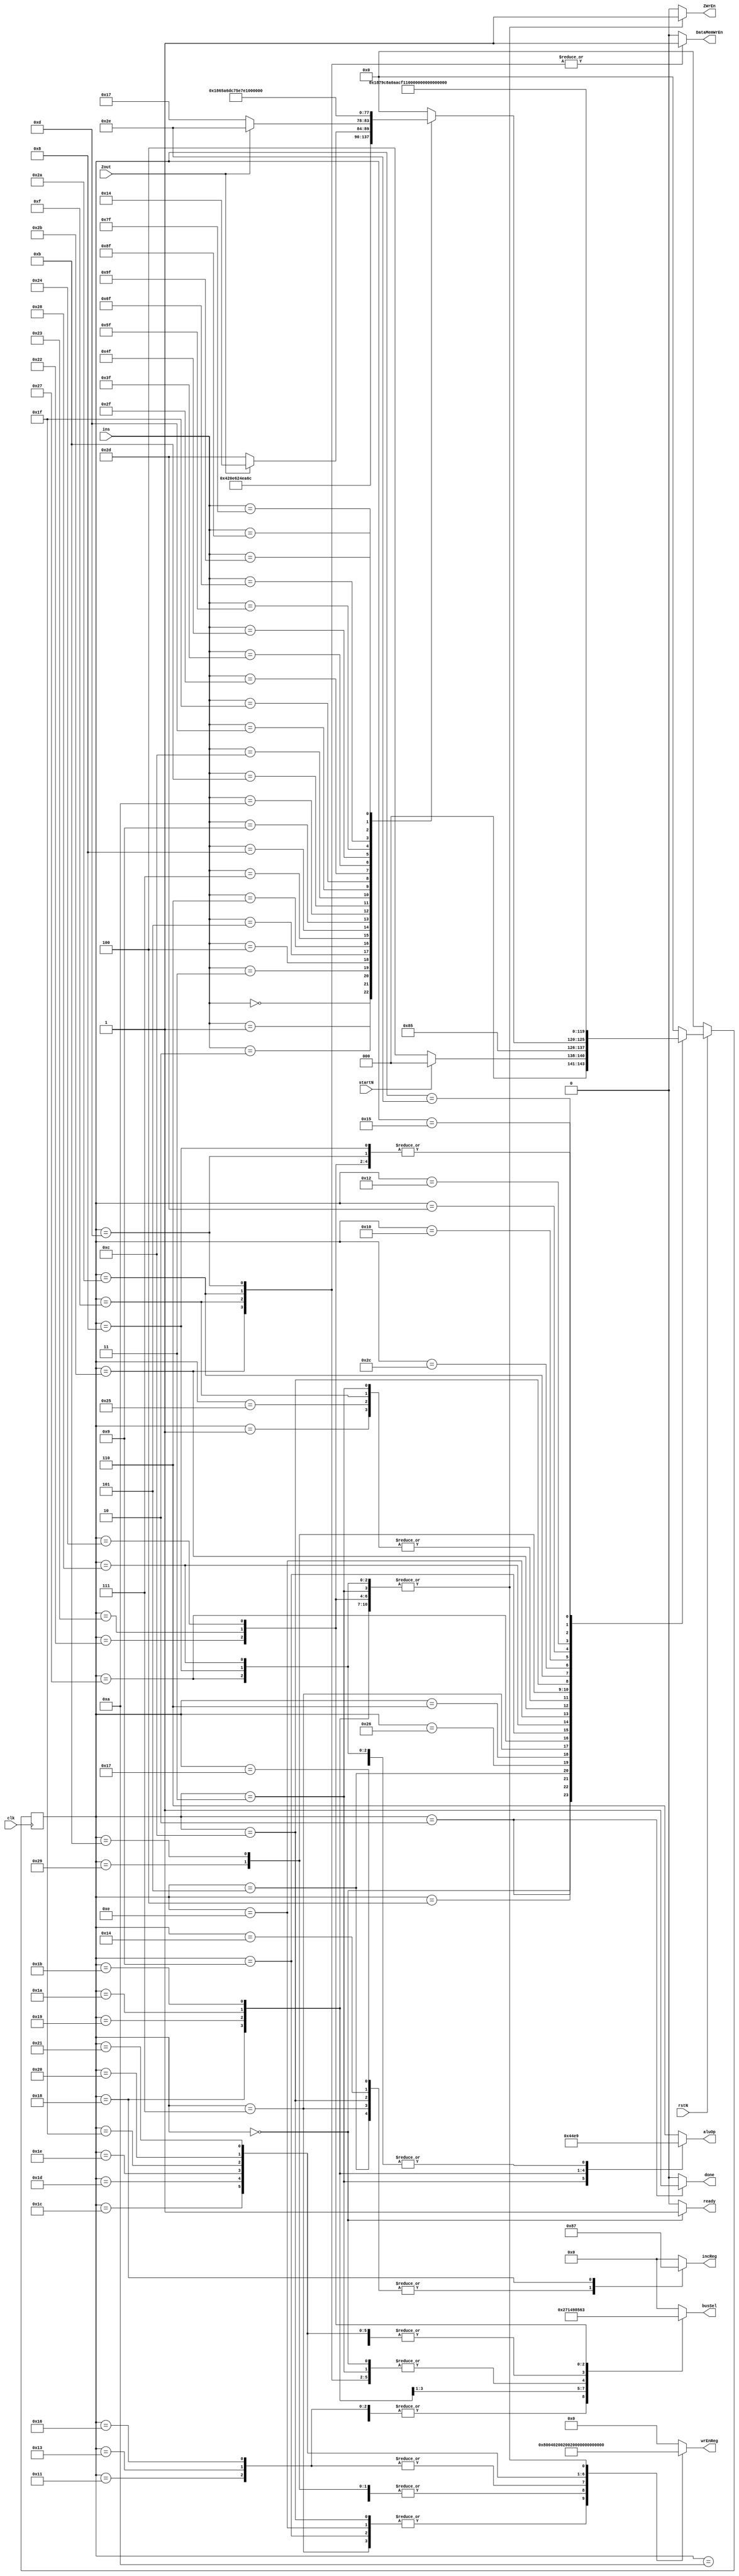
module controlUnit 
#(
    parameter INS_WIDTH = 8
)
(
    input clk,rstN,startN,Zout,
    input [INS_WIDTH-1:0]ins,
    output reg [2:0]aluOp,
    output reg [3:0]incReg,    // {PC, RC, RP, RQ}
    output reg [9:0]wrEnReg,   // {AR, R, PC, IR, RL, RC, RP, RQ, R1, AC}
    output reg [3:0]busSel,
    output reg DataMemWrEn,ZWrEn,
    output done,ready
);

// all the states (47) for the instructions are as follows

localparam  IDLE = 6'd0,  //states

            NOP1 = 6'd1,

            ENDOP1 = 6'd2,

            CLAC1 = 6'd3,

            FETCH_DELAY1 = 6'd37,     /////(extra_delay for memory ip core)
            FETCH1 = 6'd4,
            FETCH2 = 6'd5,

            LDIAC_DELAY1 =  6'd38,     ///// (extra_delay for memory ip core)
            LDIAC1 = 6'd6,
            LDIAC2 = 6'd7,
            LDIAC_DELAY2 = 6'd39,       //// (extra_delay for memory ip core)
            LDIAC3 = 6'd8,

            LDAC1 = 6'd9,
            LDAC_DELAY1 = 6'd40,       ///// (extra_delay for memory ip core)
            LDAC2 = 6'd10,

            STIR_DELAY1 = 6'd41,       ///// (extra_delay for memory ip core)
            STIR1 = 6'd11,
            STIR2 = 6'd12,
            STIR_DELAY2 = 6'd42,       ///// (extra_delay for memory ip core)
            STIR3 = 6'd13,

            STR1 = 6'd14,
            STR_DELAY1 = 6'd43,         ///// (extra_delay for memory ip core)
            STR2 = 6'd15,

            JUMP_DELAY1 = 6'd44,        ///// (extra_delay for memory ip core)
            JUMP1 = 6'd16,
            JUMP2 = 6'd17,
            
            JMPNZY_DILAY1 = 6'd45,      ///// (extra_delay for memory ip core)
            JMPNZY1 = 6'd18,
            JMPNZY2 = 6'd19,
            JMPNZN1 = 6'd20,

            JMPZY_DELAY1 = 6'd46,       ///// (extra_delay for memory ip core)
            JMPZY1 = 6'd21,
            JMPZY2 = 6'd22,
            JMPZN1 = 6'd23,

            MUL1 = 6'd24,

            ADD1 = 6'd25,

            SUB1 = 6'd26,

            INCAC1 = 6'd27,

            MV_RL_AC1 = 6'd28,

            MV_RP_AC1 = 6'd29,

            MV_RQ_AC1 = 6'd30,

            MV_RC_AC1 = 6'd31,

            MV_R_AC1 = 6'd32,

            MV_R1_AC1 = 6'd33,

            MV_AC_RP1 = 6'd34,

            MV_AC_RQ1 = 6'd35,

            MV_AC_RL1 = 6'd36;

localparam  clr_alu  =  3'd0,   //alu operations
            pass_alu =  3'd1,
            add_alu  =  3'd2,
            sub_alu  =  3'd3,
            mul_alu  =  3'd4,
            inc_alu  =  3'd5,
            idle_alu =  3'd6;

localparam  DMem_bus = 4'b0,   //multiplexer
            R_bus    = 4'd1,
            IR_bus   = 4'd2,
            RL_bus   = 4'd3,
            RC_bus   = 4'd4,
            RP_bus   = 4'd5,
            RQ_bus   = 4'd6,
            R1_bus   = 4'd7,
            AC_bus   = 4'd8,
            idle_bus = 4'd9;

localparam   //instruction set (assemly instructions and their machine codes)
            NOP	     =  8'd0,
            ENDOP    =	8'd1,
            CLAC     =	8'd2,
            LDIAC    =	8'd3,
            LDAC     =	8'd4,
            STR      =	8'd5,
            STIR     =	8'd6,
            JUMP     =	8'd7,
            JMPNZ    =	8'd8,
            JMPZ     =	8'd9,
            MUL	     =  8'd10,
            ADD	     =  8'd11,
            SUB	     =  8'd12,
            INCAC    =  8'd13,
            MV_RL_AC =	{4'd1,4'd15},
            MV_RP_AC =	{4'd2,4'd15},
            MV_RQ_AC =	{4'd3,4'd15},
            MV_RC_AC =	{4'd4,4'd15},
            MV_R_AC  =	{4'd5,4'd15},
            MV_R1_AC =	{4'd6,4'd15},
            MV_AC_RP =	{4'd7,4'd15},
            MV_AC_RQ =	{4'd8,4'd15},
            MV_AC_RL =	{4'd9,4'd15};

localparam [9:0]
    no_wrEn = 10'b0000000000,
    AR_wrEn = 10'b1000000000,
    R_wrEn  = 10'b0100000000,
    PC_wrEn = 10'b0010000000,
    IR_wrEn = 10'b0001000000,
    RL_wrEn = 10'b0000100000,
    RC_wrEn = 10'b0000010000,
    RP_wrEn = 10'b0000001000,
    RQ_wrEn = 10'b0000000100,
    R1_wrEn = 10'b0000000010,
    AC_wrEn = 10'b0000000001;

localparam [3:0]
    no_inc = 4'b0000,
    PC_inc = 4'b1000,
    RC_inc = 4'b0100,
    RP_inc = 4'b0010,
    RQ_inc = 4'b0001,
    RC_RP_RQ_inc = 4'b0111;

reg [5:0]currentState, nextState;

always @(posedge clk) begin
    if (~rstN) begin
        currentState <= IDLE;
    end
    else begin
        currentState <= nextState;
    end
end

//all the control signals for each state are set as below
always @(startN, Zout, ins, currentState) begin
    case (currentState)    
        IDLE: begin
            aluOp <= idle_alu;
            incReg <= 4'd0;
            wrEnReg <= 10'd0;
            busSel <= idle_bus;
            DataMemWrEn <= 1'b0;
            ZWrEn <= 1'b0;

            if (~startN)
                nextState <= FETCH1;
            else
                nextState <= IDLE;
        end

        NOP1: begin
            aluOp <= idle_alu;
            incReg <= 4'd0;
            wrEnReg <= 10'd0;
            busSel <= idle_bus;
            DataMemWrEn <= 1'b0;
            ZWrEn <= 1'b0;
            nextState <= FETCH1;
        end

        ENDOP1: begin
            aluOp <= idle_alu;
            incReg <= 4'd0;
            wrEnReg <= 10'd0;
            busSel <= DMem_bus;
            DataMemWrEn <= 1'b0;
            ZWrEn <= 1'b0;
            nextState <= ENDOP1;
        end

        CLAC1: begin
            aluOp <= clr_alu;
            incReg <= 4'd0;
            wrEnReg <= 10'd1;
            busSel <= idle_bus;
            DataMemWrEn <= 1'b0;
            ZWrEn <= 1'b1;
            nextState <= FETCH1;
        end

        FETCH_DELAY1: begin
            aluOp <= idle_alu;
            incReg <= 4'd0;
            wrEnReg <= IR_wrEn;
            busSel <= idle_bus;
            DataMemWrEn <= 1'b0;
            ZWrEn <= 1'b0;
            nextState <= FETCH1;
        end

        FETCH1: begin
            aluOp <= idle_alu;
            incReg <= 4'd0;
            wrEnReg <= IR_wrEn;
            busSel <= idle_bus;
            DataMemWrEn <= 1'b0;
            ZWrEn <= 1'b0;
            nextState <= FETCH2;
        end

        FETCH2: begin
            aluOp <= idle_alu;
            incReg <= PC_inc;
            wrEnReg <= 10'd0;
            busSel <= 4'd0;
            DataMemWrEn <= 1'b0;
            ZWrEn <= 1'b0;
            case (ins)   //has to deside what is the next state 

                NOP: nextState <= NOP1;
                ENDOP: nextState <= ENDOP1;
                CLAC: nextState <= CLAC1;
                LDIAC: nextState <= LDIAC_DELAY1; 
                LDAC: nextState <= LDAC1;
                STR: nextState <= STR1;
                STIR: nextState <= STIR_DELAY1;   
                JUMP: nextState <= JUMP_DELAY1;  
                JMPNZ: nextState <= (Zout == 0)? JMPNZY_DILAY1 : JMPNZN1; 
                JMPZ: nextState <= (Zout == 1)? JMPZY_DELAY1 : JMPZN1;  
                MUL: nextState <= MUL1;
                ADD: nextState <= ADD1;
                SUB: nextState <= SUB1;
                INCAC: nextState <= INCAC1;
                MV_RL_AC: nextState <= MV_RL_AC1;
                MV_RP_AC: nextState <= MV_RP_AC1;
                MV_RQ_AC: nextState <= MV_RQ_AC1;
                MV_RC_AC: nextState <= MV_RC_AC1;
                MV_R_AC: nextState <= MV_R_AC1;
                MV_R1_AC: nextState <= MV_R1_AC1;
                MV_AC_RP: nextState <= MV_AC_RP1;
                MV_AC_RQ: nextState <= MV_AC_RQ1;
                MV_AC_RL: nextState <= MV_AC_RL1;
                default : nextState <= IDLE;                    
                
            endcase
        end

        LDIAC_DELAY1: begin
            aluOp <= idle_alu;
            incReg <= 4'd0;
            wrEnReg <= IR_wrEn;
            busSel <= idle_bus;
            DataMemWrEn <= 1'b0;
            ZWrEn <= 1'b0;
            nextState <= LDIAC1;
        end

        LDIAC1: begin
            aluOp <= idle_alu;
            incReg <= 4'd0;
            wrEnReg <= IR_wrEn;
            busSel <= idle_bus;
            DataMemWrEn <= 1'b0;
            ZWrEn <= 1'b0;
            nextState <= LDIAC2;
        end

        LDIAC2: begin
            aluOp <= idle_alu;
            incReg <= PC_inc;
            wrEnReg <= AR_wrEn;
            busSel <= IR_bus;
            DataMemWrEn <= 1'b0;
            ZWrEn <= 1'b0;
            nextState <= LDIAC_DELAY2;
        end

        LDIAC_DELAY2: begin
            aluOp <= pass_alu;
            incReg <= no_inc;
            wrEnReg <= AC_wrEn;
            busSel <= DMem_bus;
            DataMemWrEn <= 1'b0;
            ZWrEn <= 1'b1;
            nextState <= LDIAC3;
        end

        LDIAC3: begin
            aluOp <= pass_alu;
            incReg <= no_inc;
            wrEnReg <= AC_wrEn;
            busSel <= DMem_bus;
            DataMemWrEn <= 1'b0;
            ZWrEn <= 1'b1;
            nextState <= FETCH_DELAY1;
        end

        LDAC1: begin
            aluOp <= idle_alu;
            incReg <= no_inc;
            wrEnReg <= AR_wrEn;
            busSel <= AC_bus;
            DataMemWrEn <= 1'b0;
            ZWrEn <= 1'b0;
            nextState <= LDAC_DELAY1;
        end

        LDAC_DELAY1: begin
            aluOp <= pass_alu;
            incReg <= no_inc;
            wrEnReg <= AC_wrEn;
            busSel <= DMem_bus;
            DataMemWrEn <= 1'b0;
            ZWrEn <= 1'b1;
            nextState <= LDAC2;
        end

        LDAC2: begin
            aluOp <= pass_alu;
            incReg <= no_inc;
            wrEnReg <= AC_wrEn;
            busSel <= DMem_bus;
            DataMemWrEn <= 1'b0;
            ZWrEn <= 1'b1;
            nextState <= FETCH_DELAY1;
        end

        STR1: begin
            aluOp <= idle_alu;
            incReg <= no_inc;
            wrEnReg <= AR_wrEn;
            busSel <= AC_bus;
            DataMemWrEn <= 1'b0;
            ZWrEn <= 1'b0;
            nextState <= STR_DELAY1;
        end

        STR_DELAY1: begin
            aluOp <= idle_alu;
            incReg <= no_inc;
            wrEnReg <= no_wrEn;
            busSel <= idle_bus;
            DataMemWrEn <= 1'b1;
            ZWrEn <= 1'b0;
            nextState <= STR2;
        end

        STR2: begin
            aluOp <= idle_alu;
            incReg <= no_inc;
            wrEnReg <= no_wrEn;
            busSel <= idle_bus;
            DataMemWrEn <= 1'b1;
            ZWrEn <= 1'b0;
            nextState <= FETCH1;
        end

        STIR_DELAY1: begin
            aluOp <= idle_alu;
            incReg <= no_inc;
            wrEnReg <= IR_wrEn;
            busSel <= idle_bus;
            DataMemWrEn <= 1'b0;
            ZWrEn <= 1'b0;
            nextState <= STIR1;
        end

        STIR1: begin
            aluOp <= idle_alu;
            incReg <= no_inc;
            wrEnReg <= IR_wrEn;
            busSel <= idle_bus;
            DataMemWrEn <= 1'b0;
            ZWrEn <= 1'b0;
            nextState <= STIR2;
        end

        STIR2: begin
            aluOp <= idle_alu;
            incReg <= PC_inc;
            wrEnReg <= AR_wrEn;
            busSel <= IR_bus;
            DataMemWrEn <= 1'b0;
            ZWrEn <= 1'b0;
            nextState <= STIR_DELAY2;
        end

        STIR_DELAY2: begin
            aluOp <= idle_alu;
            incReg <= no_inc;
            wrEnReg <= no_wrEn;
            busSel <= idle_bus;
            DataMemWrEn <= 1'b1;
            ZWrEn <= 1'b0;
            nextState <= STIR3;
        end

        STIR3: begin
            aluOp <= idle_alu;
            incReg <= no_inc;
            wrEnReg <= no_wrEn;
            busSel <= idle_bus;
            DataMemWrEn <= 1'b1;
            ZWrEn <= 1'b0;
            nextState <= FETCH_DELAY1;
        end

        JUMP_DELAY1: begin
            aluOp <= idle_alu;
            incReg <= 4'd0;
            wrEnReg <= IR_wrEn;
            busSel <= 4'd0;
            DataMemWrEn <= 1'b0;
            ZWrEn <= 1'b0;
            nextState <= JUMP1;
        end

        JUMP1: begin
            aluOp <= idle_alu;
            incReg <= 4'd0;
            wrEnReg <= IR_wrEn;
            busSel <= 4'd0;
            DataMemWrEn <= 1'b0;
            ZWrEn <= 1'b0;
            nextState <= JUMP2;
        end

        JUMP2: begin
            aluOp <= idle_alu;
            incReg <= 4'd0;
            wrEnReg <= PC_wrEn;
            busSel <= IR_bus;
            DataMemWrEn <= 1'b0;
            ZWrEn <= 1'b0;
            nextState <= FETCH_DELAY1;
        end

        JMPNZY_DILAY1: begin
            aluOp <= idle_alu;
            incReg <= 4'd0;
            wrEnReg <= IR_wrEn;
            busSel <= 4'd0;
            DataMemWrEn <= 1'b0;
            ZWrEn <= 1'b0;
            nextState <= JMPNZY1;
        end

        JMPNZY1: begin
            aluOp <= idle_alu;
            incReg <= 4'd0;
            wrEnReg <= IR_wrEn;
            busSel <= 4'd0;
            DataMemWrEn <= 1'b0;
            ZWrEn <= 1'b0;
            nextState <= JMPNZY2;
        end

        JMPNZY2: begin
            aluOp <= idle_alu;
            incReg <= 4'd0;
            wrEnReg <= PC_wrEn;
            busSel <= IR_bus;
            DataMemWrEn <= 1'b0;
            ZWrEn <= 1'b0;
            nextState <= FETCH_DELAY1;
        end

        JMPNZN1: begin
            aluOp <= idle_alu;
            incReg <= PC_inc;
            wrEnReg <= no_wrEn;
            busSel <= idle_bus;
            DataMemWrEn <= 1'b0;
            ZWrEn <= 1'b0;
            nextState <= FETCH_DELAY1;
        end

        JMPZY_DELAY1: begin
            aluOp <= idle_alu;
            incReg <= 4'd0;
            wrEnReg <= IR_wrEn;
            busSel <= 4'd0;
            DataMemWrEn <= 1'b0;
            ZWrEn <= 1'b0;
            nextState <= JMPZY1;
        end

        JMPZY1: begin
            aluOp <= idle_alu;
            incReg <= 4'd0;
            wrEnReg <= IR_wrEn;
            busSel <= 4'd0;
            DataMemWrEn <= 1'b0;
            ZWrEn <= 1'b0;
            nextState <= JMPZY2;
        end

        JMPZY2: begin
            aluOp <= idle_alu;
            incReg <= 4'd0;
            wrEnReg <= PC_wrEn;
            busSel <= IR_bus;
            DataMemWrEn <= 1'b0;
            ZWrEn <= 1'b0;
            nextState <= FETCH_DELAY1;
        end

        JMPZN1: begin
            aluOp <= idle_alu;
            incReg <= PC_inc;
            wrEnReg <= no_wrEn;
            busSel <= idle_bus;
            DataMemWrEn <= 1'b0;
            ZWrEn <= 1'b0;
            nextState <= FETCH_DELAY1;
        end

        MUL1: begin
            aluOp <= mul_alu;
            incReg <= RC_RP_RQ_inc;
            wrEnReg <= AC_wrEn;
            busSel <= R1_bus;
            DataMemWrEn <= 1'b0;
            ZWrEn <= 1'b1;
            nextState <= FETCH_DELAY1;
        end

        ADD1: begin
            aluOp <= add_alu;
            incReg <= no_inc;
            wrEnReg <= AC_wrEn;
            busSel <= R_bus;
            DataMemWrEn <= 1'b0;
            ZWrEn <= 1'b1;
            nextState <= FETCH_DELAY1;
        end

        SUB1: begin
            aluOp <= sub_alu;
            incReg <= no_inc;
            wrEnReg <= AC_wrEn;
            busSel <= RC_bus;
            DataMemWrEn <= 1'b0;
            ZWrEn <= 1'b1;
            nextState <= FETCH_DELAY1;
        end

        INCAC1: begin
            aluOp <= inc_alu;
            incReg <= no_inc;
            wrEnReg <= AC_wrEn;
            busSel <= idle_bus;
            DataMemWrEn <= 1'b0;
            ZWrEn <= 1'b1;
            nextState <= FETCH_DELAY1;
        end

        MV_RL_AC1: begin
            aluOp <= idle_alu;
            incReg <= no_inc;
            wrEnReg <= RL_wrEn;
            busSel <= AC_bus;
            DataMemWrEn <= 1'b0;
            ZWrEn <= 1'b0;
            nextState <= FETCH_DELAY1;
        end

        MV_RP_AC1: begin
            aluOp <= idle_alu;
            incReg <= no_inc;
            wrEnReg <= RP_wrEn;
            busSel <= AC_bus;
            DataMemWrEn <= 1'b0;
            ZWrEn <= 1'b0;
            nextState <= FETCH_DELAY1;
        end

        MV_RQ_AC1: begin
            aluOp <= idle_alu;
            incReg <= no_inc;
            wrEnReg <= RQ_wrEn;
            busSel <= AC_bus;
            DataMemWrEn <= 1'b0;
            ZWrEn <= 1'b0;
            nextState <= FETCH_DELAY1;
        end

        MV_RC_AC1: begin
            aluOp <= idle_alu;
            incReg <= no_inc;
            wrEnReg <= RC_wrEn;
            busSel <= AC_bus;
            DataMemWrEn <= 1'b0;
            ZWrEn <= 1'b0;
            nextState <= FETCH_DELAY1;
        end

        MV_R_AC1: begin
            aluOp <= idle_alu;
            incReg <= no_inc;
            wrEnReg <= R_wrEn;
            busSel <= AC_bus;
            DataMemWrEn <= 1'b0;
            ZWrEn <= 1'b0;
            nextState <= FETCH_DELAY1;
        end

        MV_R1_AC1: begin
            aluOp <= idle_alu;
            incReg <= no_inc;
            wrEnReg <= R1_wrEn;
            busSel <= AC_bus;
            DataMemWrEn <= 1'b0;
            ZWrEn <= 1'b0;
            nextState <= FETCH_DELAY1;
        end

        MV_AC_RP1: begin
            aluOp <= pass_alu;
            incReg <= no_inc;
            wrEnReg <= AC_wrEn;
            busSel <= RP_bus;
            DataMemWrEn <= 1'b0;
            ZWrEn <= 1'b1;
            nextState <= FETCH_DELAY1;
        end

        MV_AC_RQ1: begin
            aluOp <= pass_alu;
            incReg <= no_inc;
            wrEnReg <= AC_wrEn;
            busSel <= RQ_bus;
            DataMemWrEn <= 1'b0;
            ZWrEn <= 1'b1;
            nextState <= FETCH_DELAY1;
        end

        MV_AC_RL1: begin
            aluOp <= pass_alu;
            incReg <= no_inc;
            wrEnReg <= AC_wrEn;
            busSel <= RL_bus;
            DataMemWrEn <= 1'b0;
            ZWrEn <= 1'b1;
            nextState <= FETCH_DELAY1;
        end

        default : begin
            aluOp <= idle_alu;
            incReg <= 4'd0;
            wrEnReg <= 10'd0;
            busSel <= 4'd0;
            DataMemWrEn <= 1'b0;
            ZWrEn <= 1'b0;
            nextState <= IDLE;
        end            

    endcase
    
end

// signals to the user whether processor is ready or the process is over
assign done = (currentState == ENDOP1)?1'b1:1'b0;
assign ready = (currentState == IDLE)? 1'b1:1'b0;

endmodule //controlUnit